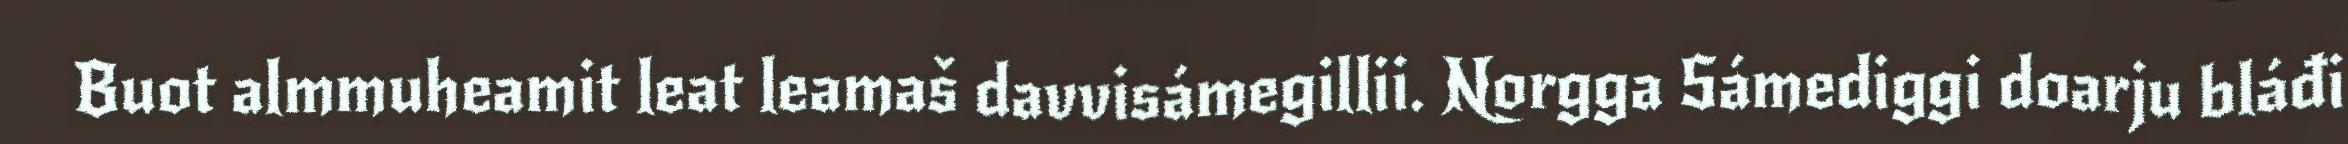
Buot almmuheamit leat leamaš davvisámegillii. Norgga Sámediggi doarju bláđi